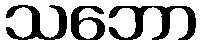
သဘော